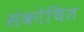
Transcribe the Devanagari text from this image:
संकोचित